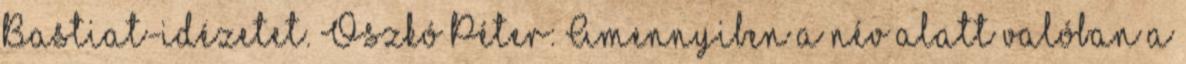
Bastiat-idézetet. Oszkó Péter: Amennyiben a név alatt valóban a